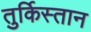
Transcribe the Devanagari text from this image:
तुर्किस्‍तान